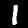
Digit: 1